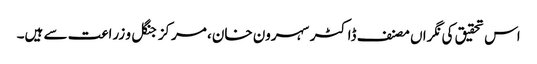
اس تحقیق کی نگراں مصنف ڈاکٹر سہرون خان، مرکز جنگل و زراعت سے ہیں۔